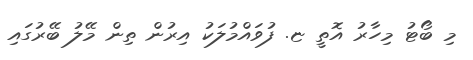
މި ބޯޓު މިހާރު އޮތީ ޏ. ފުވައްމުލަކު އިރުން ތިން މޭލު ބޭރުގައި